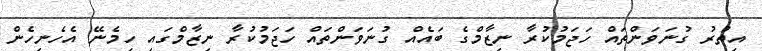
އިތުރު ގުނަވަންތައް ހަޖަމުކުރާ ނިޒާމްގެ ބައެއް ގުނަވަންތައް ހަޖަމުކުރާ ނިޒާމްގައި ހިމެނޭ އެހެނިހެން